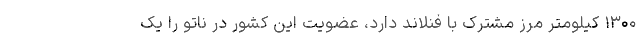
۱۳۰۰ کیلومتر مرز مشترک با فنلاند دارد، عضویت این کشور در ناتو را یک